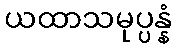
ယထာသမုပ္ပန္နံ